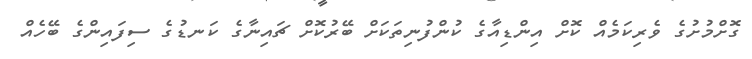
ގޮށްމުށުގެ ވެރިކަމެއް ކޮށް އިންޑިއާގެ ކުންފުނިތަކަށް ބޭރުކޮށް ޗައިނާގެ ކަނޑުގެ ސިފައިންގެ ބޭހެއް